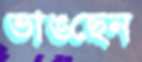
ভাঙছেন